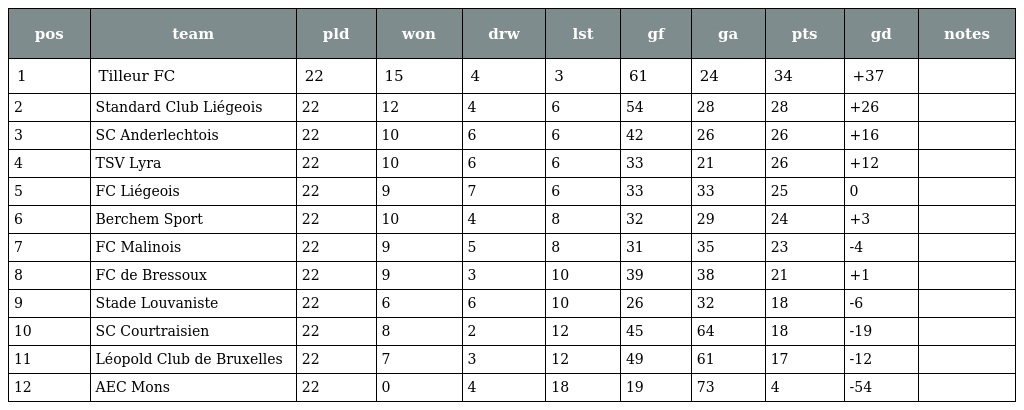
| pos | team | pld | won | drw | lst | gf | ga | pts | gd | notes |
 | --- | --- | --- | --- | --- | --- | --- | --- | --- | --- | --- |
 | 1 | Tilleur FC | 22 | 15 | 4 | 3 | 61 | 24 | 34 | +37 |  |
 | 2 | Standard Club Liégeois | 22 | 12 | 4 | 6 | 54 | 28 | 28 | +26 |  |
 | 3 | SC Anderlechtois | 22 | 10 | 6 | 6 | 42 | 26 | 26 | +16 |  |
 | 4 | TSV Lyra | 22 | 10 | 6 | 6 | 33 | 21 | 26 | +12 |  |
 | 5 | FC Liégeois | 22 | 9 | 7 | 6 | 33 | 33 | 25 | 0 |  |
 | 6 | Berchem Sport | 22 | 10 | 4 | 8 | 32 | 29 | 24 | +3 |  |
 | 7 | FC Malinois | 22 | 9 | 5 | 8 | 31 | 35 | 23 | -4 |  |
 | 8 | FC de Bressoux | 22 | 9 | 3 | 10 | 39 | 38 | 21 | +1 |  |
 | 9 | Stade Louvaniste | 22 | 6 | 6 | 10 | 26 | 32 | 18 | -6 |  |
 | 10 | SC Courtraisien | 22 | 8 | 2 | 12 | 45 | 64 | 18 | -19 |  |
 | 11 | Léopold Club de Bruxelles | 22 | 7 | 3 | 12 | 49 | 61 | 17 | -12 |  |
 | 12 | AEC Mons | 22 | 0 | 4 | 18 | 19 | 73 | 4 | -54 |  |